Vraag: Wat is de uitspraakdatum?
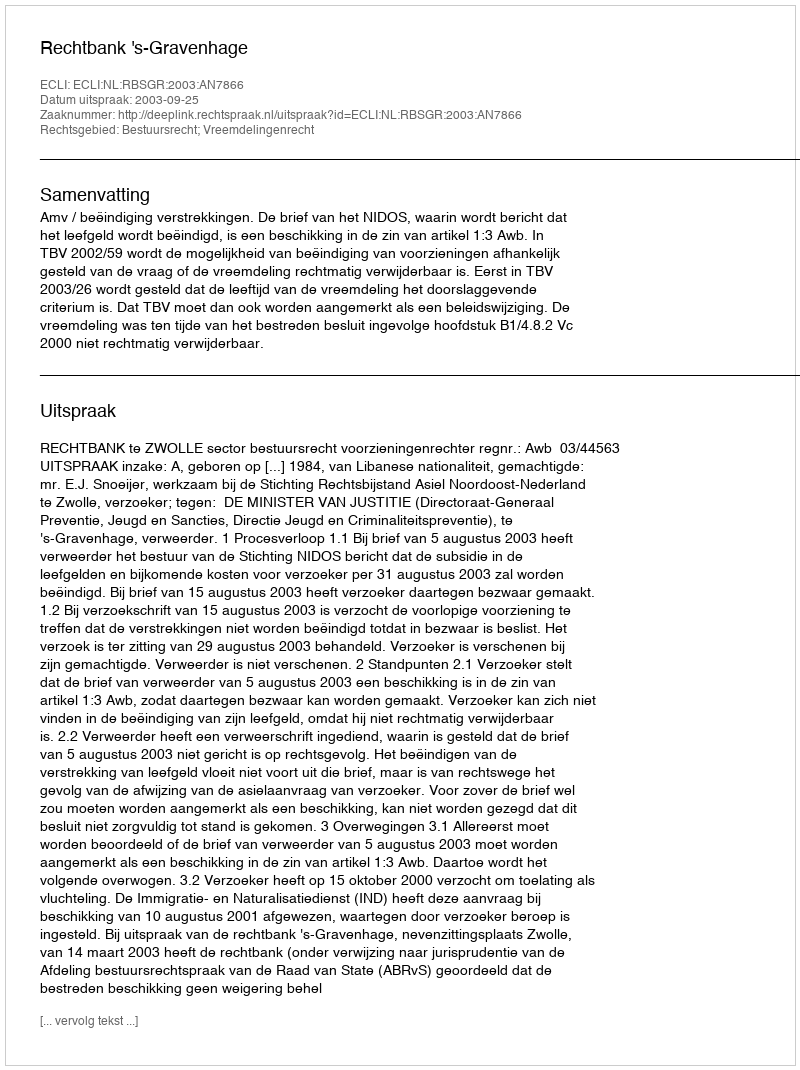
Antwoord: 2003-09-25